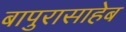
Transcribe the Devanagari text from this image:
बापुरासाहेब